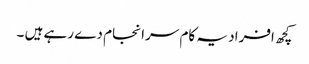
کچھ افراد یہ کام سرا نجام دے رہے ہیں ۔